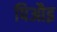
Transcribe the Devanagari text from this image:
पिऔइ